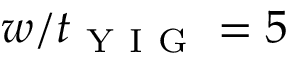
w / t _ { \mathrm { ~ Y ~ I ~ G ~ } } = 5